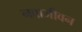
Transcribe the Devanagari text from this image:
नवाजीवन